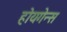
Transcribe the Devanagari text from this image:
होयगेन्स